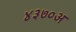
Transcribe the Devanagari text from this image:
४३७०अ